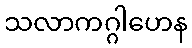
သလာကဂ္ဂါဟေန